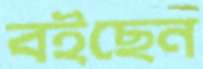
বইছেন